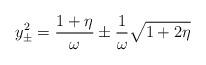
LaTeX: \begin{align*}y_{\pm}^{2}={1+\eta\over\omega} \pm {1\over \omega}\sqrt{1+2\eta}\end{align*}